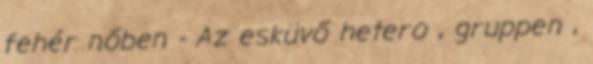
fehér nőben - Az esküvő hetero , gruppen ,